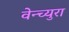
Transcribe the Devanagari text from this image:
वेन्च्युरा